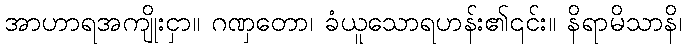
အာဟာရအကျိုးငှာ။ ဂဏှတော၊ ခံယူသောရဟန်း၏၎င်း။ နိရာမိသာနိ၊